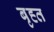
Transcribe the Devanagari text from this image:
बृह्त